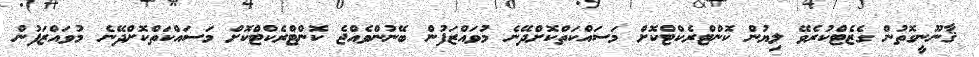
ޤާނޫނީގޮތުން ގެޒެޓްކުރެވޭ ލިޔުން ކޮންޓްރެކްޓްކޮށް މަސައްކަތްކޮށްދޭނެ މުވައްޒަފުން ބޭނުންވެއްޖެ ކޮންޓްރެކްޓްކޮށް މަސައްކަތްކޮށްދޭނެ މުވައްޒަފުން